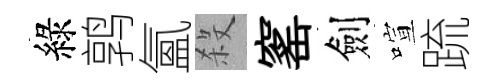
綠鹑氳殺窰劍喧䟽